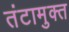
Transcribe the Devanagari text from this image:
तंटामुक्‍त